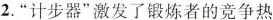
2.”计步器”激发了锻炼者的竞争热